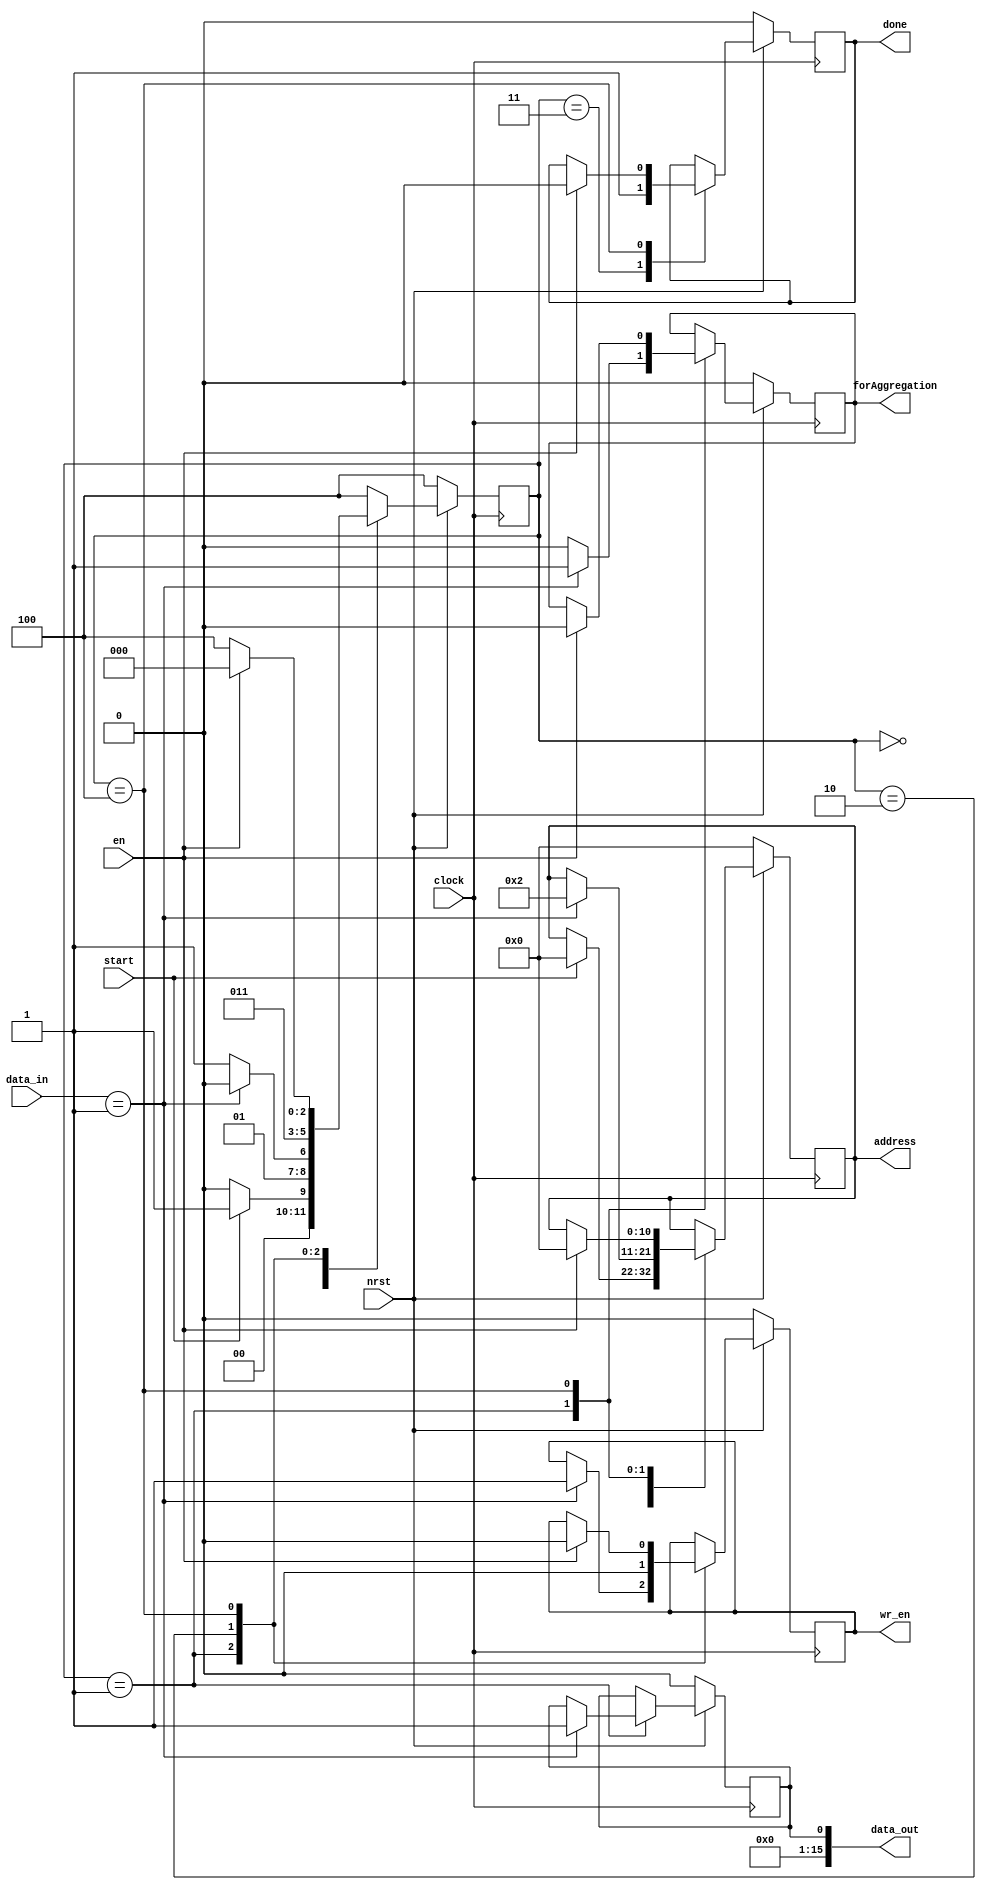
`timescale 1ns/1ps
`define WORD_WIDTH 16

/*  Register bank
 *  0x0 - forAggregation
 */

module amISink(clock, nrst, en, start, address, wr_en, data_in, data_out, forAggregation, done);
	input clock, nrst, en, start;
	input [`WORD_WIDTH-1:0] data_in;
	output forAggregation, done, wr_en;
	output [10:0] address;
	output [`WORD_WIDTH-1:0] data_out;

	// Registers
	reg forAggregation_buf, done_buf, wr_en_buf, data_out_buf;
	reg [10:0] address_count;
	reg [`WORD_WIDTH-1:0] amISink;
	reg [2:0] state;

	always @ (posedge clock) begin
		if (!nrst) begin
			forAggregation_buf = 0;
			done_buf = 0;
			wr_en_buf = 0;
			address_count = 11'h0; // amISink (FLAG) address
			data_out_buf = 16'h0;
			state = 4;
			amISink = 0;
		end
		else begin
			case (state)
				0: begin
					if (start) begin
						state = 1;
						address_count = 11'h0; // amISink (FLAG) address
					end
					else state = 0;
				end

				1: begin
					amISink = data_in;

					if (amISink == 1) begin
						forAggregation_buf = 1;
						state = 2;
						data_out_buf = 16'h1;
						address_count = 11'h2; // forAggregation (FLAG) address
						wr_en_buf = 1;
					end
					else begin
						forAggregation_buf = 0;
						state = 3;
					end
				end

				2: begin
					wr_en_buf = 0;
					state = 3;
				end

				3: begin
					done_buf = 1;
					state = 4;
				end

				4: begin
					if (en) begin
						forAggregation_buf = 0;
						done_buf = 0;
						wr_en_buf = 0;
						address_count = 11'h0; // amISink (FLAG) address
						state = 0;
						amISink = 0;
					end
					else state = 4;
				end

				default: state = 4;
			endcase
		end
	end

	assign forAggregation = forAggregation_buf;
	assign done = done_buf;
	assign address = address_count;
	assign wr_en = wr_en_buf;
	assign data_out = data_out_buf;
endmodule